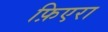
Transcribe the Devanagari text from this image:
फ़िएरा